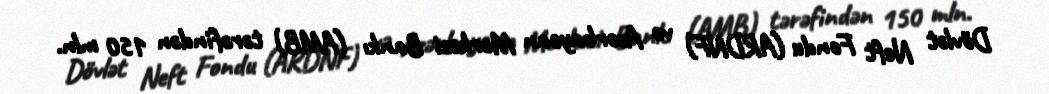
Dövlət Neft Fondu (ARDNF) və Azərbaycan Mərkəzi Bankı (AMB) tərəfindən 150 mln.